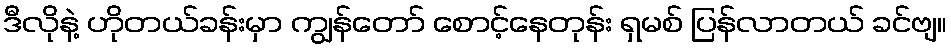
ဒီလိုနဲ့ ဟိုတယ်ခန်းမှာ ကျွန်တော် စောင့်နေတုန်း ရှမစ် ပြန်လာတယ် ခင်ဗျ။